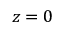
z = 0